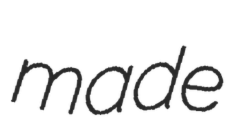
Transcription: made